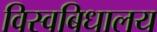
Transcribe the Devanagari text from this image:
विस्वबिधालय